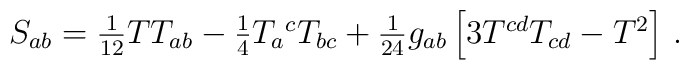
S_{ab} = \textstyle{1\over12}T T_{ab}-\textstyle{1\over4}T_a{}^c T_{bc}+\textstyle{1\over24}g_{ab}\left[3T^{cd}T_{cd}-T^2\right] \,.